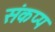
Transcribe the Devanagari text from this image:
संकप्प